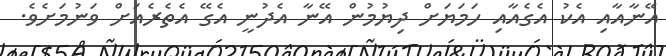
އޭނާއާއި އެކު އެގެއާއި ހަމަޔަށް ދިޔުމުން އޭނާ އެދުނީ އެގޭ އެތެރެއަށް ވަނުމަށެވެ.